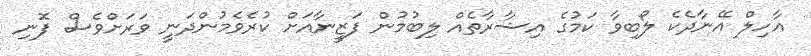
އާހިލް އޭނާދެކެ ލޯބިވާ ކަމުގެ އިޝާރާތެއް ލިބުމުން ފަޒީނާއަށް ކުރެވެމުންދަނީ ވަރަށްވެސް ފޮނި